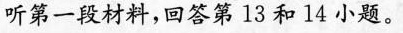
听第一段材料,回答第 13 和14 小题.。